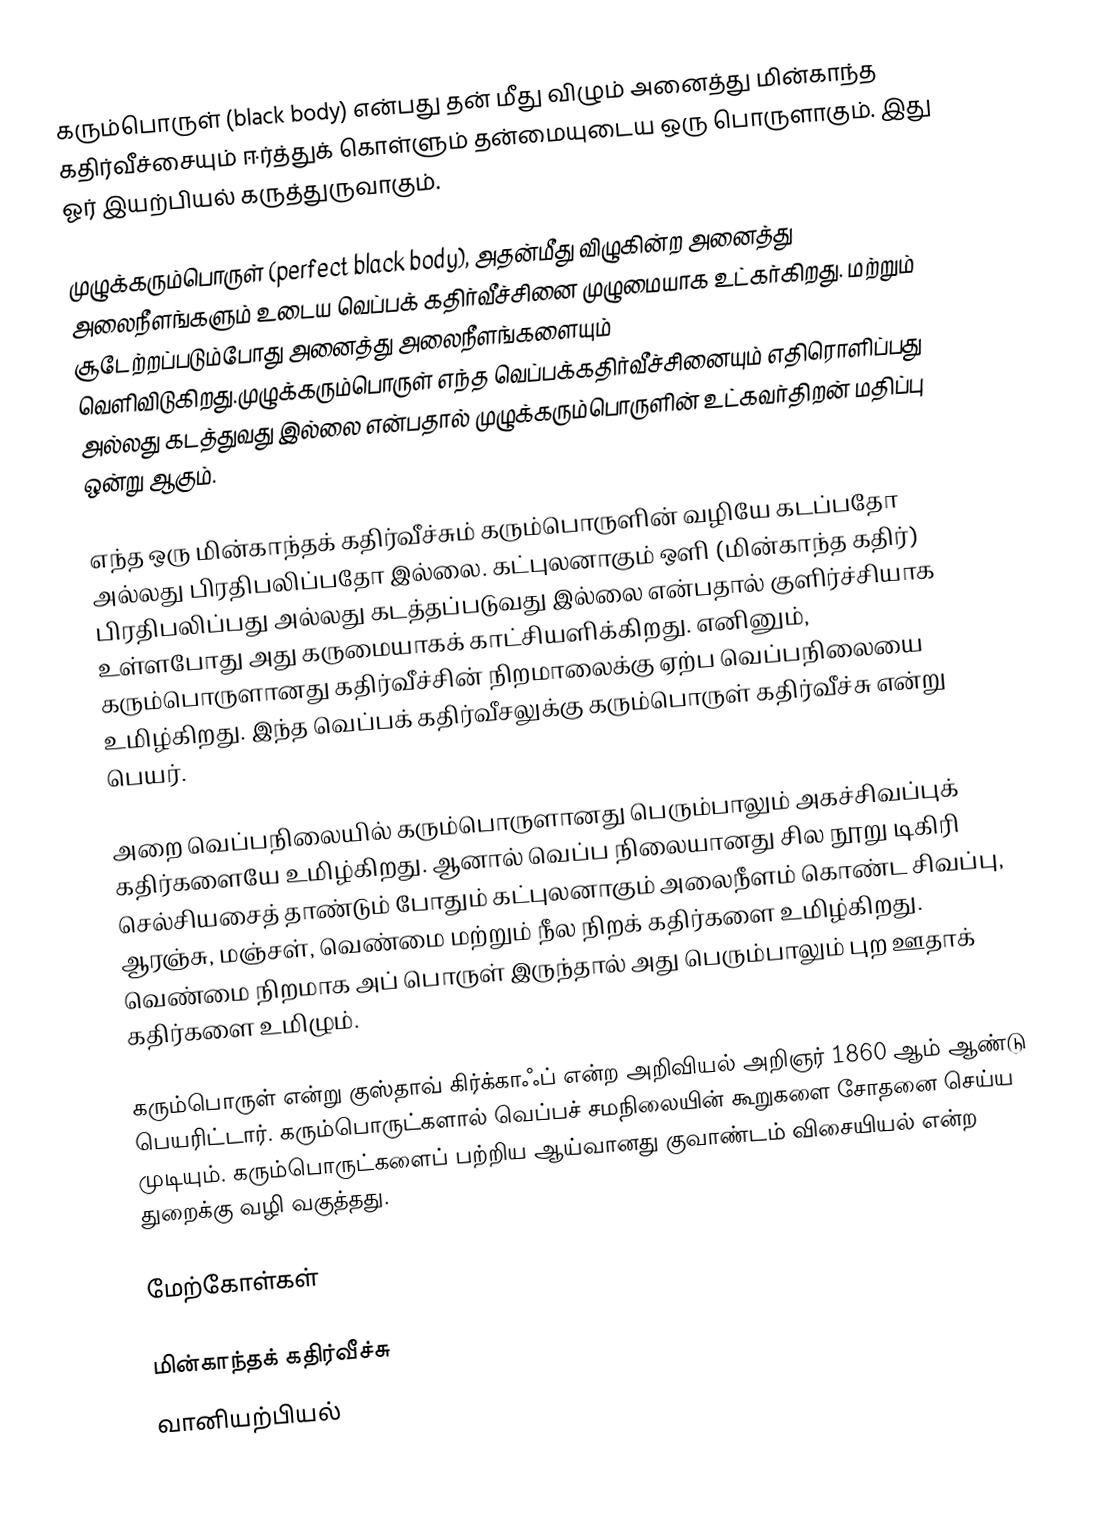
கரும்பொருள் (black body) என்பது தன் மீது விழும் அனைத்து மின்காந்த கதிர்வீச்சையும் ஈர்த்துக் கொள்ளும் தன்மையுடைய ஒரு பொருளாகும். இது ஓர் இயற்பியல் கருத்துருவாகும்.

முழுக்கரும்பொருள் (perfect black body), அதன்மீது விழுகின்ற அனைத்து அலைநீளங்களும் உடைய வெப்பக் கதிர்வீச்சினை முழுமையாக உட்கர்கிறது. மற்றும் சூடேற்றப்படும்போது அனைத்து அலைநீளங்களையும் வெளிவிடுகிறது.முழுக்கரும்பொருள் எந்த வெப்பக்கதிர்வீச்சினையும் எதிரொளிப்பது அல்லது கடத்துவது இல்லை என்பதால் முழுக்கரும்பொருளின் உட்கவர்திறன் மதிப்பு ஒன்று ஆகும்.

எந்த ஒரு மின்காந்தக் கதிர்வீச்சும் கரும்பொருளின் வழியே கடப்பதோ அல்லது பிரதிபலிப்பதோ இல்லை. கட்புலனாகும் ஒளி (மின்காந்த கதிர்) பிரதிபலிப்பது அல்லது கடத்தப்படுவது இல்லை என்பதால் குளிர்ச்சியாக உள்ளபோது அது கருமையாகக் காட்சியளிக்கிறது. எனினும், கரும்பொருளானது கதிர்வீச்சின் நிறமாலைக்கு ஏற்ப வெப்பநிலையை உமிழ்கிறது. இந்த வெப்பக் கதிர்வீசலுக்கு கரும்பொருள் கதிர்வீச்சு என்று பெயர்.

அறை வெப்பநிலையில் கரும்பொருளானது பெரும்பாலும் அகச்சிவப்புக் கதிர்களையே உமிழ்கிறது. ஆனால் வெப்ப நிலையானது சில நூறு டிகிரி செல்சியசைத் தாண்டும் போதும் கட்புலனாகும் அலைநீளம் கொண்ட சிவப்பு, ஆரஞ்சு, மஞ்சள், வெண்மை மற்றும் நீல நிறக் கதிர்களை உமிழ்கிறது. வெண்மை நிறமாக அப் பொருள் இருந்தால் அது பெரும்பாலும் புற ஊதாக் கதிர்களை உமிழும்.

கரும்பொருள் என்று குஸ்தாவ் கிர்க்காஃப் என்ற அறிவியல் அறிஞர் 1860 ஆம் ஆண்டு பெயரிட்டார். கரும்பொருட்களால் வெப்பச் சமநிலையின் கூறுகளை சோதனை செய்ய முடியும். கரும்பொருட்களைப் பற்றிய ஆய்வானது குவாண்டம் விசையியல் என்ற துறைக்கு வழி வகுத்தது.

மேற்கோள்கள்

மின்காந்தக் கதிர்வீச்சு
வானியற்பியல்